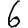
Digit: 6